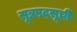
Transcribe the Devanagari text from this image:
सूत्रपदसूची